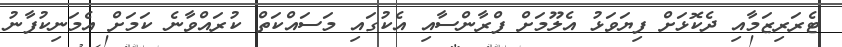
ޓެރަރިޒަމާއި ދެކޮޅަށް ފިޔަވަޅު އެލޫމަށް ފްރާންސާއި އެކުގައި މަސައްކަތް ކުރައްވާނެ ކަމަށް އެމަނިކުފާނު